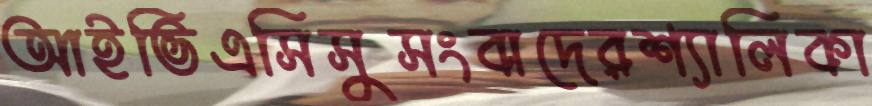
আইভিএসিসুসংবাদেরশ্যালিকা